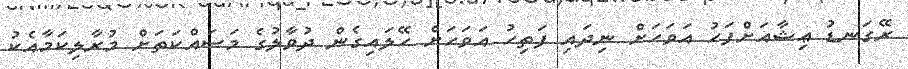
ރޭގަނޑު ޢިޝާއަށްފަހު އަވަހަށް ނިދައި ފަތިހު އަވަހަށް ހޭލައިގެން ދުވާލުގެ މަސައްކަތަށް މުރާލިކަމާއެކު